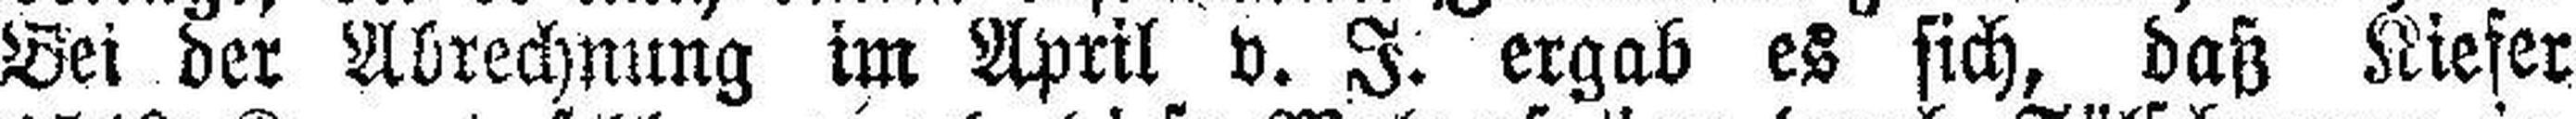
Bei der Abrechnung im April v. I. ergab es sich, daß Kiefer